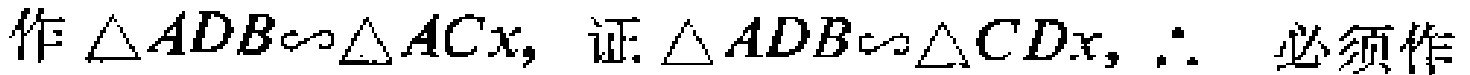
作\(\triangle ADB\sim\triangle ACx\)，证\(\triangle ADB\sim\triangle CDx\)，\(\therefore\) 必须作